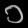
Digit: ၁